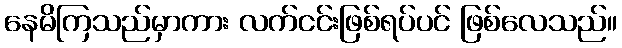
နေမိကြသည်မှာကား လက်ငင်းဖြစ်ရပ်ပင် ဖြစ်လေသည်။